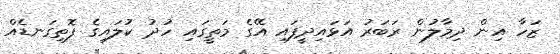
ޒަހާ އިން ދިމާލުން ރަބަރު އަޅައިދީފައި އޭގެ މަތީގައި ހުދު ކުލައިގެ ފޮތިގަނޑެއް